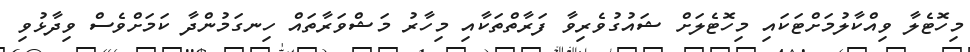
މިހޮޓެލާ ވިއްކާލުމަށްޓަކައި މިހޮޓެލަށް ޝައުގުވެރިވާ ފަރާތްތަކާއި މިހާރު މަޝްވަރާތައް ހިނގަމުންދާ ކަމަށްވެސް ވިދާޅުވި